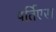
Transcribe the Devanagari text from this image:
पर्तिएस